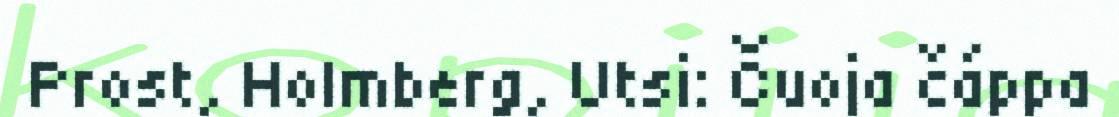
Prost, Holmberg, Utsi: Čuoja čáppa